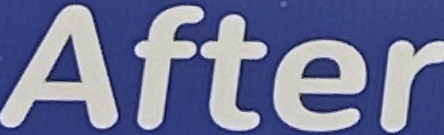
After